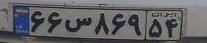
۶۶س۸۶۹۵۴